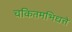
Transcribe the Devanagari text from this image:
चकितमभिधत्ते